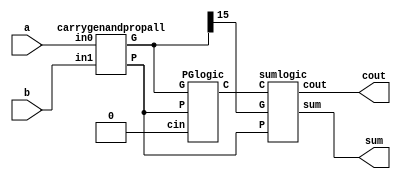
module BKadder(a,b,sum,cout);
    input [15:0] a;
    input [15:0] b;
    output [15:0] sum;
    output cout;
    wire [15:0]G;
    wire [15:0]P;
    wire [15:0]C;
    carrygenandpropall c1(a[15:0],b[15:0],G[15:0],P[15:0]);
    PGlogic P1(G[15:0],P[15:0],1'b0,C[15:0]);
    sumlogic s1(C[15:0],P[15:0],G[15],sum[15:0],cout);
endmodule


module sumlogic(C,P,G,sum,cout);
    input [15:0]C;
    input [15:0]P;
    input G;
    output [15:0]sum;
    output cout;
    wire w1;
    xor x1(sum[0],C[0],P[0]);
    xor x2(sum[1],C[1],P[1]);
    xor x3(sum[2],C[2],P[2]);
    xor x4(sum[3],C[3],P[3]);
    xor x5(sum[4],C[4],P[4]);
    xor x6(sum[5],C[5],P[5]);
    xor x7(sum[6],C[6],P[6]);
    xor x8(sum[7],C[7],P[7]);
    xor x9(sum[8],C[8],P[8]);
    xor x10(sum[9],C[9],P[9]);
    xor x11(sum[10],C[10],P[10]);
    xor x12(sum[11],C[11],P[11]);
    xor x13(sum[12],C[12],P[12]);
    xor x14(sum[13],C[13],P[13]);
    xor x15(sum[14],C[14],P[14]);
    xor x16(sum[15],C[15],P[15]);
    and a1(w1,P[15],C[15]);
    or o1(cout,G,w1);
endmodule



module PGlogic(G,P,cin,C);
    input [15:0]G;
    input [15:0]P;
    input cin;
    output [15:0]C; 
    wire G10,G32,P32,G76,P76,G98,P98,G1110,P1110,G1312,P1312,G1514,P1514,G74,P74,G118,P118,G1512,P1512,G30,G158,P158,G150,G70,G110;
    wire G50,G60,G90,G130,G20,G40,G80,G100,G120,G140;
    graycell g1(G[1],P[1],G[0],G10);
    blackcell b1(G[3],P[3],G[2],P[2],G32,P32);
    blackcell b2(G[5],P[5],G[4],P[4],G54,P54);
    blackcell b3(G[7],P[7],G[6],P[6],G76,P76);
    blackcell b4(G[9],P[9],G[8],P[8],G98,P98);
    blackcell b5(G[11],P[11],G[10],P[10],G1110,P1110);
    blackcell b6(G[13],P[13],G[12],P[12],G1312,P1312);
    blackcell b7(G[15],P[15],G[14],P[14],G1514,P1514);
    graycell g2(G32,P32,G10,G30);
    blackcell b8(G76,P76,G54,P54,G74,P74);
    blackcell b9(G1110,P1110,G98,P98,G118,P118);
    blackcell b10(G1514,P1514,G1312,P1312,G1512,P1512);
    graycell g3(G74,P74,G30,G70);
    blackcell b11(G1512,P1512,G118,P118,G158,P158);
    graycell g4(G158,P158,G70,G150);
    graycell g5(G118,P118,G70,G110);
    graycell g6(G54,P54,G30,G50);
    graycell g7(G98,P98,G70,G90);
    graycell g8(G1312,P1312,G110,G130);
    graycell g9(G[2],P[2],G10,G20);
    graycell g10(G[4],P[4],G30,G40);
    graycell g11(G[6],P[6],G50,G60);
    graycell g12(G[8],P[8],G70,G80);
    graycell g13(G[10],P[10],G90,G100);
    graycell g14(G[12],P[12],G110,G120);
    graycell g15(G[14],P[14],G130,G140);
    assign C[0] = cin;
    assign C[1] = G[0];
    assign C[2] = G10;
    assign C[3] = G20;
    assign C[4] = G30;
    assign C[5] = G40;
    assign C[6] = G50;
    assign C[7] = G60;
    assign C[8] = G70;
    assign C[9] = G80;
    assign C[10] = G90;
    assign C[11] = G100;
    assign C[12] = G110;
    assign C[13] = G120;
    assign C[14] = G130;
    assign C[15] = G140;
endmodule




module carrygenandpropall(in0,in1,G,P);
    input [15:0] in0;
    input [15:0] in1;
    output [15:0] G;
    output [15:0] P;
    carrygenandprop1 c1(in0[0],in1[0],G[0],P[0]);
    carrygenandprop1 c2(in0[1],in1[1],G[1],P[1]);
    carrygenandprop1 c3(in0[2],in1[2],G[2],P[2]);
    carrygenandprop1 c4(in0[3],in1[3],G[3],P[3]);
    carrygenandprop1 c5(in0[4],in1[4],G[4],P[4]);
    carrygenandprop1 c6(in0[5],in1[5],G[5],P[5]);
    carrygenandprop1 c7(in0[6],in1[6],G[6],P[6]);
    carrygenandprop1 c8(in0[7],in1[7],G[7],P[7]);
    carrygenandprop1 c9(in0[8],in1[8],G[8],P[8]);
    carrygenandprop1 c10(in0[9],in1[9],G[9],P[9]);
    carrygenandprop1 c11(in0[10],in1[10],G[10],P[10]);
    carrygenandprop1 c12(in0[11],in1[11],G[11],P[11]);
    carrygenandprop1 c13(in0[12],in1[12],G[12],P[12]);
    carrygenandprop1 c14(in0[13],in1[13],G[13],P[13]);
    carrygenandprop1 c15(in0[14],in1[14],G[14],P[14]);
    carrygenandprop1 c16(in0[15],in1[15],G[15],P[15]);
endmodule


module graycell(G,P,Gi,GG);
    input G;
    input P;
    input Gi;
    output GG;
    wire w1;
    and a1(w1,P,Gi);
    or o1(GG,w1,G);
endmodule

module blackcell(G,P,Gi,Pi,GB,PB);
    input  G;
    input  P;
    input  Gi;
    input  Pi;
    output GB;
    output PB;
    wire w1;
    and a1(w1,P,Gi);
    or o1(GB,G,w1);
    and a2(PB,P,Pi);
endmodule

module carrygenandprop1(in0,in1,G,P);
    input in0;
    input in1;
    output G;
    output P;
    and a1(G,in0,in1);
    xor x1(P,in0,in1);
endmodule